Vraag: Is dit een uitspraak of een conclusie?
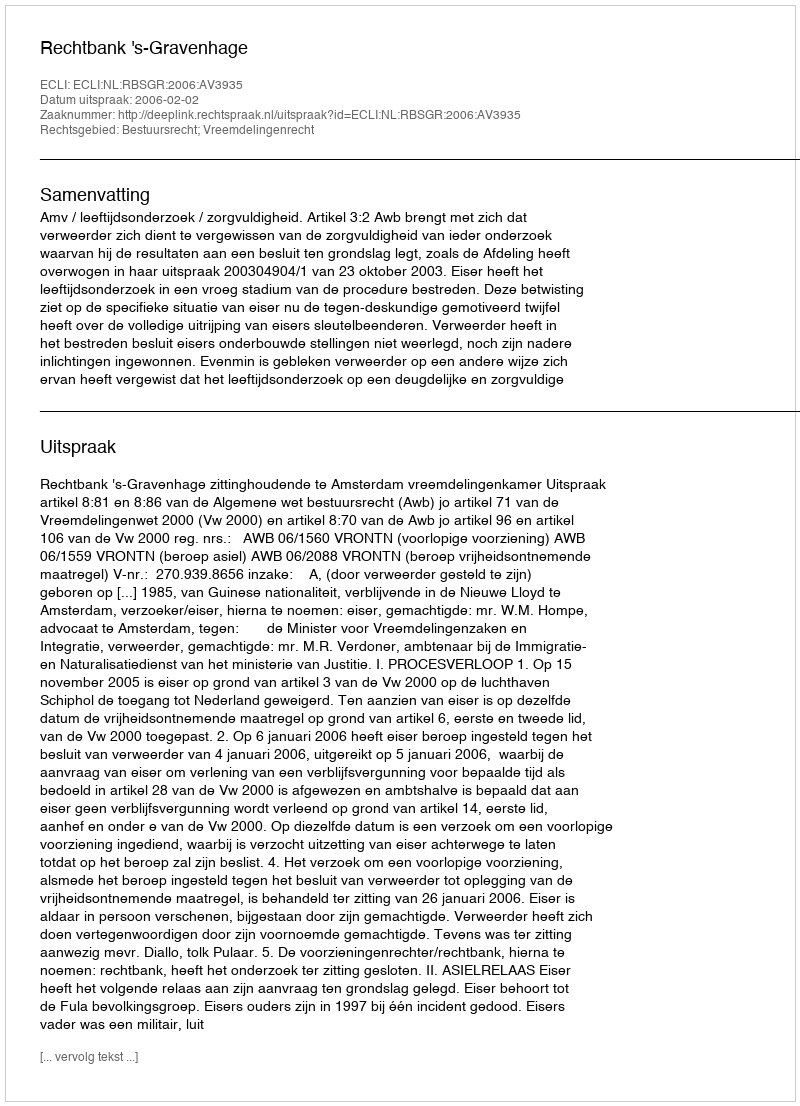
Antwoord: Uitspraak